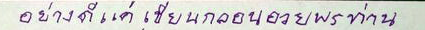
อย่างดีแค่เขียนกลอนอวยพรท่าน